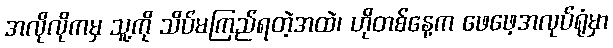
အလိုလိုကမှ သူ့ကို သိပ်မကြည်ရတဲ့အထဲ၊ ဟိုတစ်နေ့က ဖေဖေ့အလုပ်ရုံမှာ